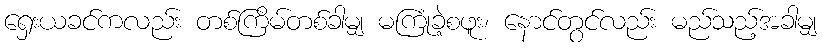
ရှေးယခင်ကလည်း တစ်ကြိမ်တစ်ခါမျှ မကြုံခဲ့စဖူး၊ နောင်တွင်လည်း မည်သည့်အခါမျှ